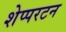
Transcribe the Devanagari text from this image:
शेप्परटन